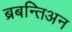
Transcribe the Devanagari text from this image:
ब्रबन्तिअन